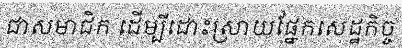
ជាសមាជិក ដើម្បីដោះស្រាយផ្នែកសេដ្ឋកិច្ច